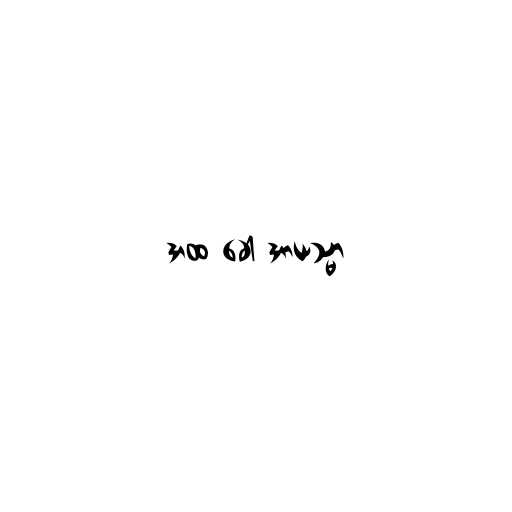
အထ ခေါ အာယသ္မာ